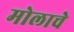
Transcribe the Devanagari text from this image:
मोलाचेे